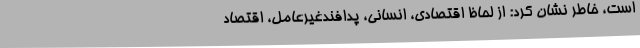
است، خاطر نشان کرد: از لحاظ اقتصادی، انسانی، پدافندغیرعامل، اقتصاد